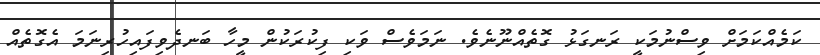
ކަމެއްކަމަށް ވިސްނުމަކީ ރަނގަޅު ގޮތެއްނޫނެވެ. ނަމަވެސް ވަކި ފިކުރަކުން މީހާ ބަނދެވިފައިހުރިނަމަ އެގޮތެއް